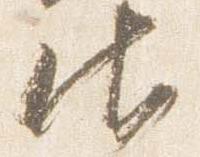
御